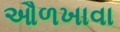
ઔળખાવા